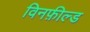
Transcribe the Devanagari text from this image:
विनफ़ील्ड